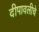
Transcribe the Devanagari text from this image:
दीपावलीचे